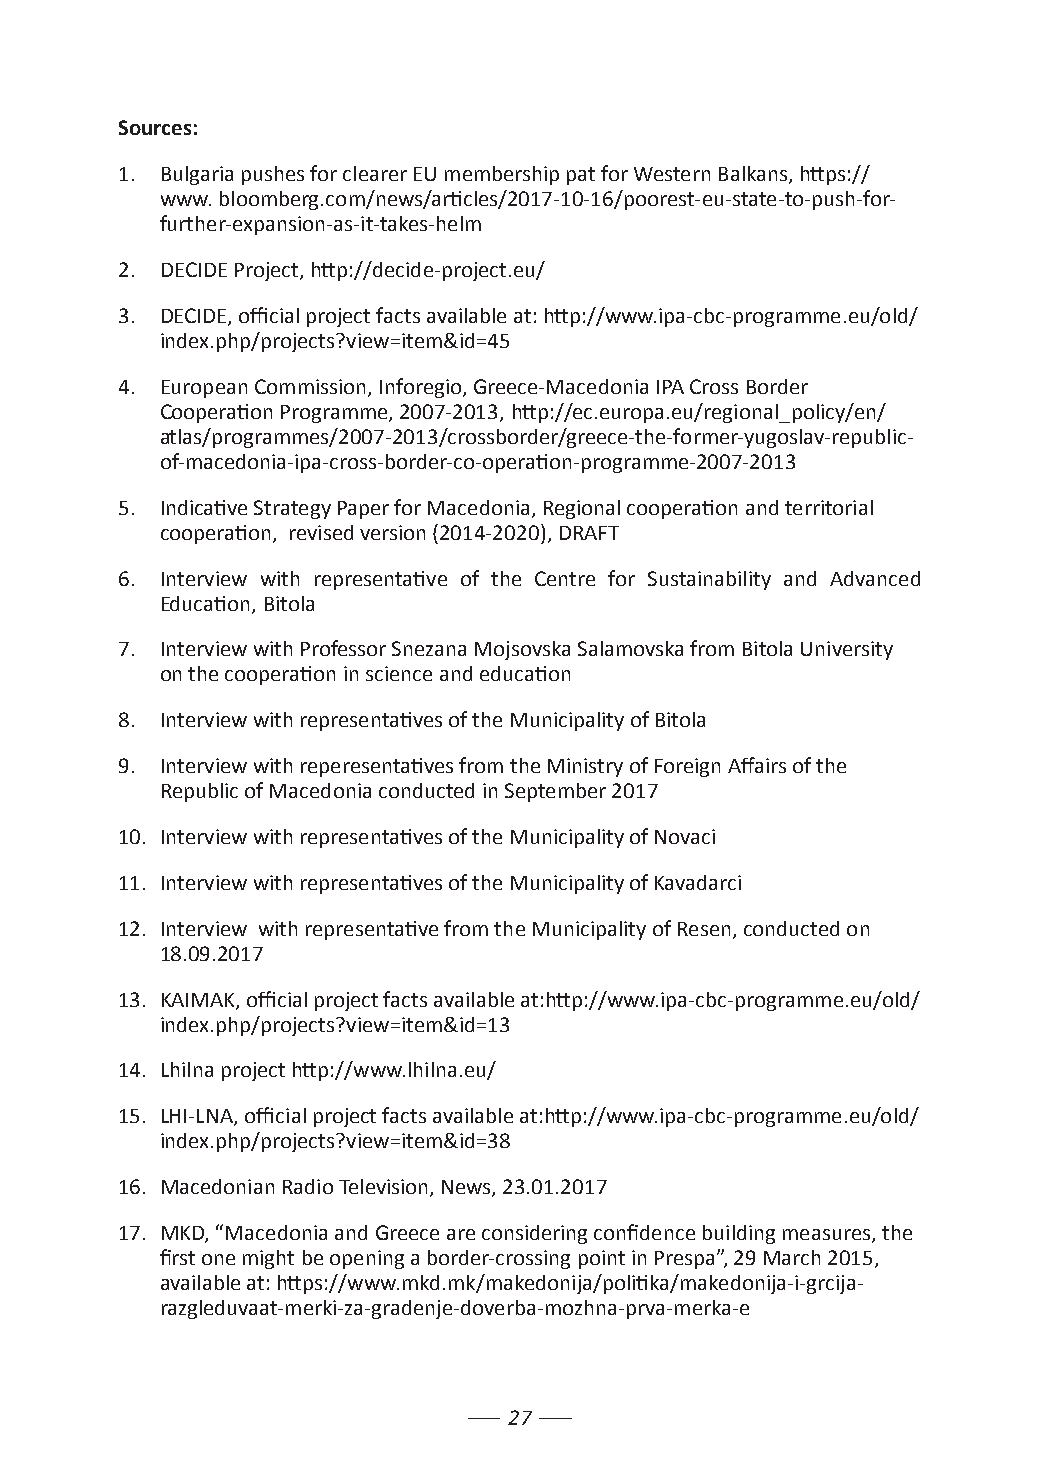
Sources:
 1. Bulgaria pushes for clearer EU membership pat for Western Balkans, https://
 www. bloomberg.com/news/articles/2017-10-16/poorest-eu-state-to-push-for-
 further-expansion-as-it-takes-helm
 2. DECIDE Project, http://decide-project.eu/
 3. DECIDE, official project facts available at: http://www.ipa-cbc-programme.eu/old/
 index.php/projects?view=item&id=45
 4. European Commission, Inforegio, Greece-Macedonia IPA Cross Border
 Cooperation Programme, 2007-2013, http://ec.europa.eu/regional_policy/en/
 atlas/programmes/2007-2013/crossborder/greece-the-former-yugoslav-republic-
 of-macedonia-ipa-cross-border-co-operation-programme-2007-2013
 5. Indicative Strategy Paper for Macedonia, Regional cooperation and territorial
 cooperation, revised version (2014-2020), DRAFT
 6. Interview with representative of the Centre for Sustainability and Advanced
 Education, Bitola
 7. Interview with Professor Snezana Mojsovska Salamovska from Bitola University
 on the cooperation in science and education
 8. Interview with representatives of the Municipality of Bitola
 9. Interview with reperesentatives from the Ministry of Foreign Affairs of the
 Republic of Macedonia conducted in September 2017
 10. Interview with representatives of the Municipality of Novaci
 11. Interview with representatives of the Municipality of Kavadarci
 12. Interview with representative from the Municipality of Resen, conducted on
 18.09.2017
 13. KAIMAK, official project facts available at:http://www.ipa-cbc-programme.eu/old/
 index.php/projects?view=item&id=13
 14. Lhilna project http://www.lhilna.eu/
 15. LHI-LNA, official project facts available at:http://www.ipa-cbc-programme.eu/old/
 index.php/projects?view=item&id=38
 16. Macedonian Radio Television, News, 23.01.2017
 17. MKD, “Macedonia and Greece are considering confidence building measures, the
 first one might be opening a border-crossing point in Prespa”, 29 March 2015,
 available at: https://www.mkd.mk/makedonija/politika/makedonija-i-grcija-
 razgleduvaat-merki-za-gradenje-doverba-mozhna-prva-merka-e
 27